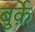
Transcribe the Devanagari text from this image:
बुर्क़े